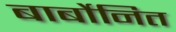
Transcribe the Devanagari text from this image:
बार्बोनित